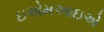
ઇએમઆઇએ